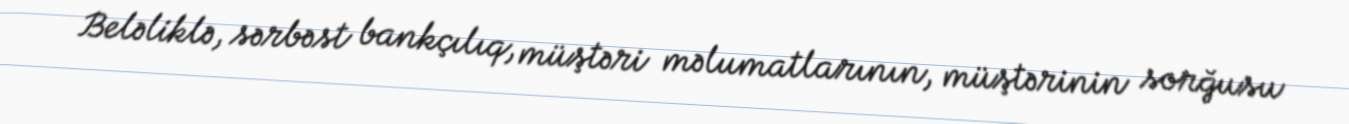
Beləliklə, sərbəst bankçılıq, müştəri məlumatlarının, müştərinin sorğusu